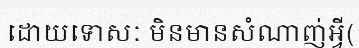
ដោយទោសៈ មិនមានសំណាញ់អ្វី(